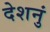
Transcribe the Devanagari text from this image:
देशनुं